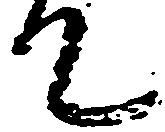
て